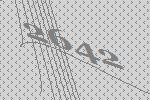
2642